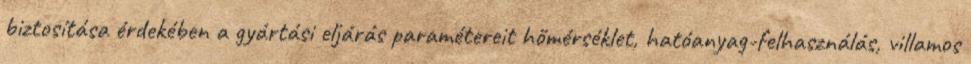
biztosítása érdekében a gyártási eljárás paramétereit hőmérséklet, hatóanyag-felhasználás, villamos